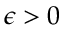
\epsilon > 0